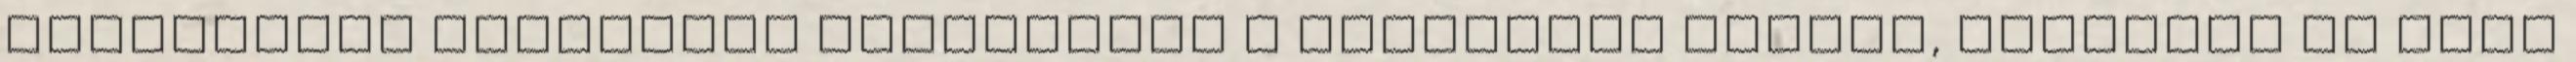
kapcsolódó klimbazol biztosítja a szelektív hatása, nyugtató és védi